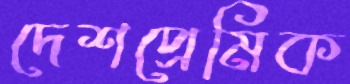
দেশপ্রেমিক